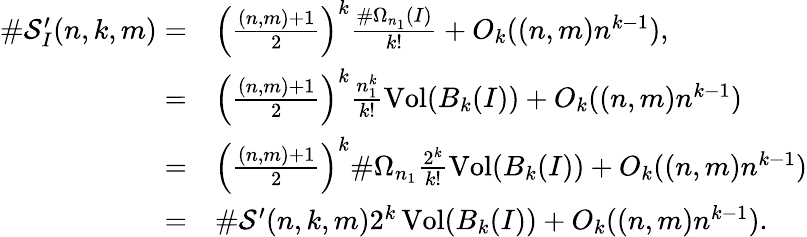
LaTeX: \begin{array}{rl}{\# \mathcal{S}_{I}^{\prime}(n,k,m)=}&{\left(\frac{(n,m)+1}{2}\right)^{k}\frac{\# \Omega_{n_{1}}(I)}{k!}+O_{k}((n,m)n^{k-1}),}\\ {=}&{\left(\frac{(n,m)+1}{2}\right)^{k}\frac{n_{1}^{k}}{k!}\operatorname{Vol}(B_{k}(I))+O_{k}((n,m)n^{k-1})}\\ {=}&{\left(\frac{(n,m)+1}{2}\right)^{k}\# \Omega_{n_{1}}\frac{2^{k}}{k!}\operatorname{Vol}(B_{k}(I))+O_{k}((n,m)n^{k-1})}\\ {=}&{\# \mathcal{S}^{\prime}(n,k,m)2^{k}\operatorname{Vol}(B_{k}(I))+O_{k}((n,m)n^{k-1}).}\end{array}